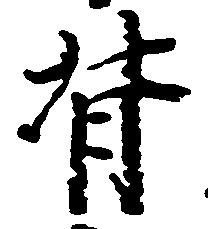
背